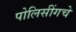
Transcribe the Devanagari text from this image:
पोलिसींगचे